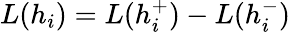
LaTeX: L(h_{i})=L(h_{i}^{+})-L(h_{i}^{-})